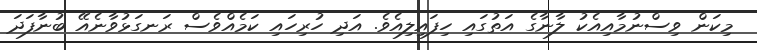
މިކަން ވިސްނުމާއިއެކު ލާނާގެ އަތުގައި ހިފައިލިއެވެ. އަދި ހުރިހައި ކަމެއްވެސް ރަނގަޅުވާނެއޭ ބުނާފަދަ